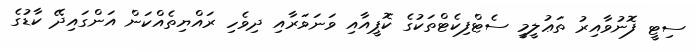
ސިޓީ ފޮނުވާއިރު ތަޢުލީމީ ސެޓްފިކެޓްތަކުގެ ކޮޕީއާއި ވަނަވަރާއި ދިވެހި ރައްޔިތެއްކަން އަންގައިދޭ ކާޑުގެ